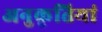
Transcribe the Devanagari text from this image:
अनुकृतियां